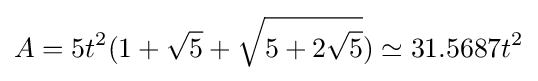
A={5}t^{2}(1+{\sqrt {5}}+{\sqrt {5+2{\sqrt {5}}}})\simeq 31.5687t^{2}